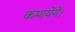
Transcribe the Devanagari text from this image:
कमायेंगे।